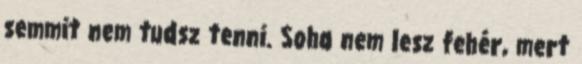
semmit nem tudsz tenni. Soha nem lesz fehér, mert